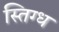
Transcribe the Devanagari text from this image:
स्तिग्ध